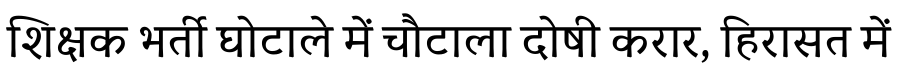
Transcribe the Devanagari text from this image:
शिक्षक भर्ती घोटाले में चौटाला दोषी करार, हिरासत में